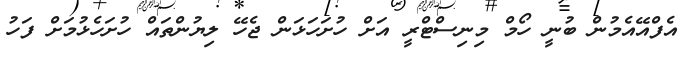
އެފްއޭއެމުން ބުނީ ހޯމް މިނިސްޓްރީ އަށް ހުށަހަޅަން ޖެހޭ ލިޔުންތައް ހުށަހެޅުމަށް ފަހު